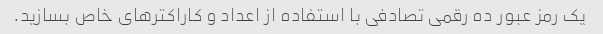
یک رمز عبور ده رقمی تصادفی با استفاده از اعداد و کاراکترهای خاص بسازید.